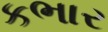
કભાર